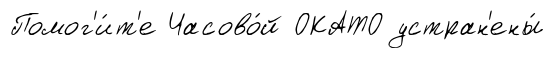
Помог'и́т'е Часово́й ОКАТО устран'ены́